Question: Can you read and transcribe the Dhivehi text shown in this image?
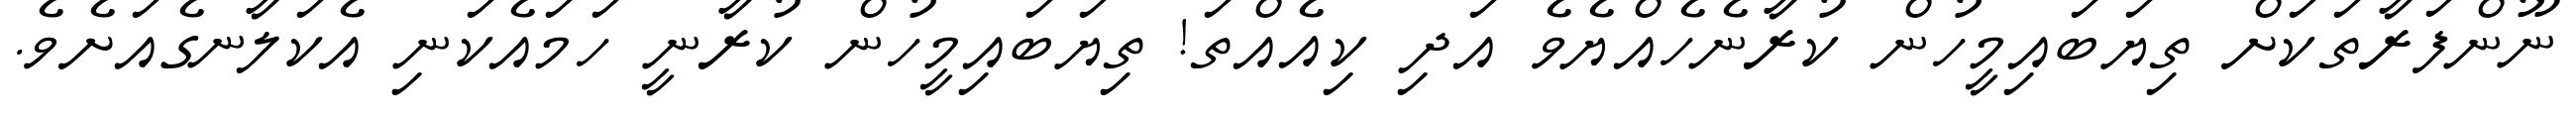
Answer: ނޫންފަރާތަކަށް ތިޔަބައިމީހުން ކުރާނެހެއްޔެވެ އަދި ކިއެއްތަ! ތިޔަބައިމީހުން ކުރާނީ ހަމައެކަނި އެކަލާނގެއަށެވެ.